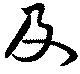
及